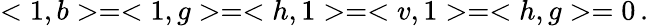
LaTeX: <1,b>=<1,g>=<h,1>=<v,1>=<h,g>=0\, .